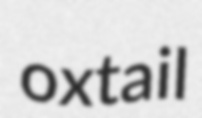
oxtail